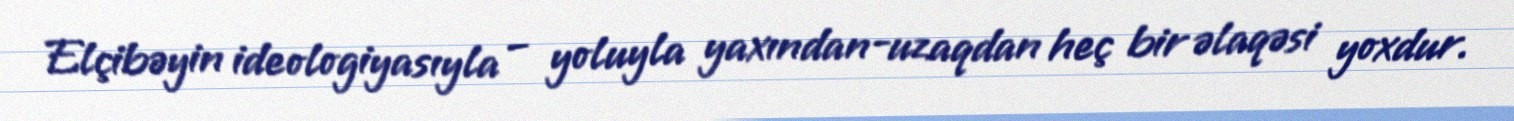
Elçibəyin ideologiyasıyla – yoluyla yaxından-uzaqdan heç bir əlaqəsi yoxdur.